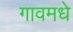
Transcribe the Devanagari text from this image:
गावमधे